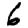
Digit: 6